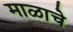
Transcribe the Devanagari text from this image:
माळाचे